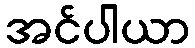
အင်ပါယာ